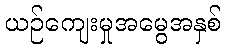
ယဉ်ကျေးမှုအမွေအနှစ်